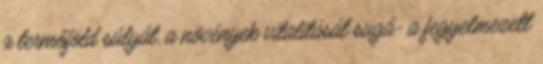
a termőföld súlyát, a növények vitalitását sugá- a fegyelmezett